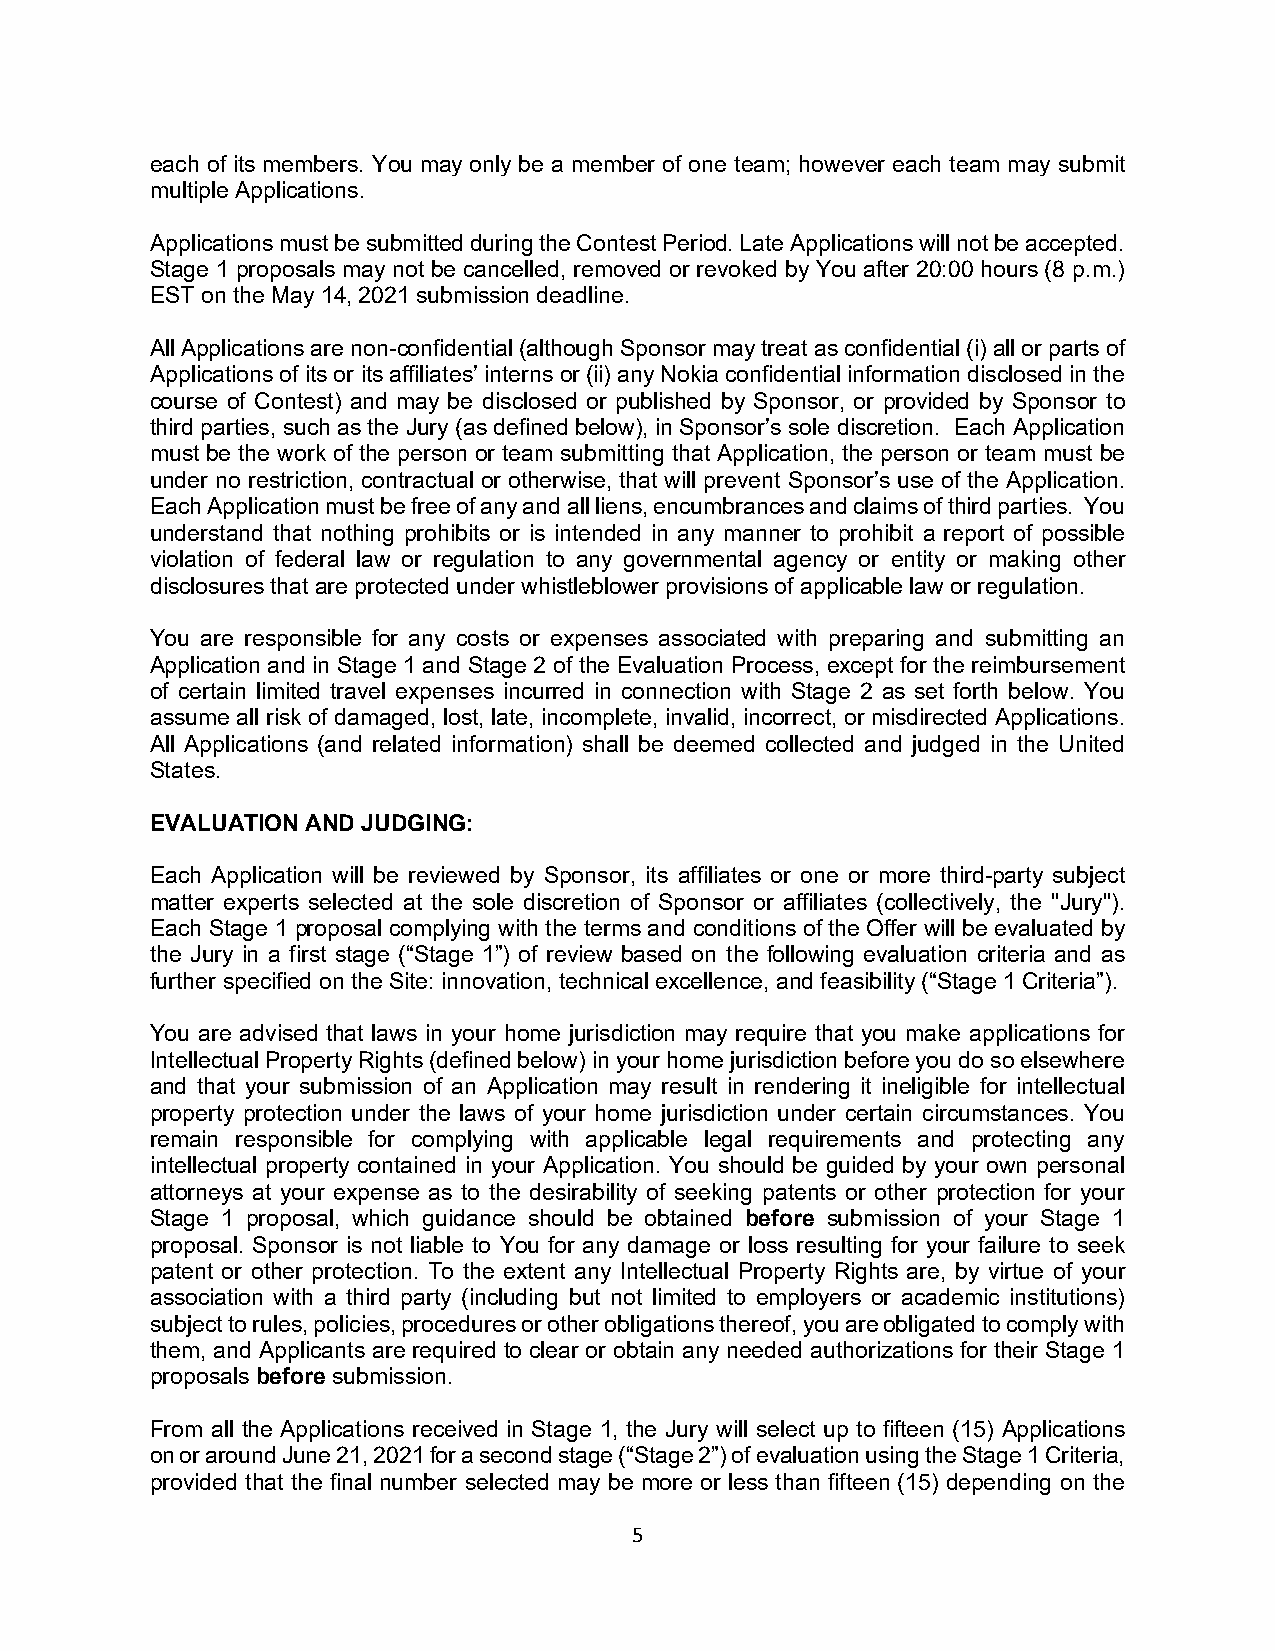
each of its members. You may only be a member of one team; however each team may submit
 multiple Applications.
 Applications must be submitted during the Contest Period. Late Applications will not be accepted.
 Stage 1 proposals may not be cancelled, removed or revoked by You after 20:00 hours (8 p.m.)
 EST on the May 14, 2021 submission deadline.
 All Applications are non-confidential (although Sponsor may treat as confidential (i) all or parts of
 Applications of its or its affiliates’ interns or (ii) any Nokia confidential information disclosed in the
 course of Contest) and may be disclosed or published by Sponsor, or provided by Sponsor to
 third parties, such as the Jury (as defined below), in Sponsor’s sole discretion. Each Application
 must be the work of the person or team submitting that Application, the person or team must be
 under no restriction, contractual or otherwise, that will prevent Sponsor’s use of the Application.
 Each Application must be free of any and all liens, encumbrances and claims of third parties. You
 understand that nothing prohibits or is intended in any manner to prohibit a report of possible
 violation of federal law or regulation to any governmental agency or entity or making other
 disclosures that are protected under whistleblower provisions of applicable law or regulation.
 You are responsible for any costs or expenses associated with preparing and submitting an
 Application and in Stage 1 and Stage 2 of the Evaluation Process, except for the reimbursement
 of certain limited travel expenses incurred in connection with Stage 2 as set forth below. You
 assume all risk of damaged, lost, late, incomplete, invalid, incorrect, or misdirected Applications.
 All Applications (and related information) shall be deemed collected and judged in the United
 States.
 EVALUATION AND JUDGING:
 Each Application will be reviewed by Sponsor, its affiliates or one or more third-party subject
 matter experts selected at the sole discretion of Sponsor or affiliates (collectively, the "Jury").
 Each Stage 1 proposal complying with the terms and conditions of the Offer will be evaluated by
 the Jury in a first stage (“Stage 1”) of review based on the following evaluation criteria and as
 further specified on the Site: innovation, technical excellence, and feasibility (“Stage 1 Criteria”).
 You are advised that laws in your home jurisdiction may require that you make applications for
 Intellectual Property Rights (defined below) in your home jurisdiction before you do so elsewhere
 and that your submission of an Application may result in rendering it ineligible for intellectual
 property protection under the laws of your home jurisdiction under certain circumstances. You
 remain responsible for complying with applicable legal requirements and protecting any
 intellectual property contained in your Application. You should be guided by your own personal
 attorneys at your expense as to the desirability of seeking patents or other protection for your
 Stage 1 proposal, which guidance should be obtained before submission of your Stage 1
 proposal. Sponsor is not liable to You for any damage or loss resulting for your failure to seek
 patent or other protection. To the extent any Intellectual Property Rights are, by virtue of your
 association with a third party (including but not limited to employers or academic institutions)
 subject to rules, policies, procedures or other obligations thereof, you are obligated to comply with
 them, and Applicants are required to clear or obtain any needed authorizations for their Stage 1
 proposals before submission.
 From all the Applications received in Stage 1, the Jury will select up to fifteen (15) Applications
 on or around June 21, 2021 for a second stage (“Stage 2”) of evaluation using the Stage 1 Criteria,
 provided that the final number selected may be more or less than fifteen (15) depending on the
 5